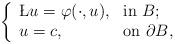
LaTeX: \begin{align*}\left\{\begin{array}{ll}\L u=\varphi(\cdot,u), & \hbox{in $B$;} \\u=c, & \hbox{on $\partial B$,}\end{array}\right.\end{align*}